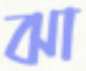
ঝা